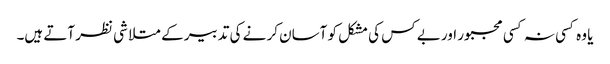
یا وہ کسی نہ کسی مجبور اور بے کس کی مشکل کو آسان کر نے کی تدبیر کے متلا شی نظر آتے ہیں۔